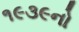
૧૯૩૯નો